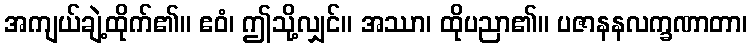
အကျယ်ချဲ့ထိုက်၏။ ဧဝံ၊ ဤသို့လျှင်။ အဿာ၊ ထိုပညာ၏။ ပဇာနနလက္ခဏာတာ၊